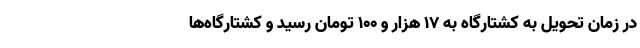
در زمان تحویل به کشتارگاه به ۱۷ هزار و ۱۰۰ تومان رسید و کشتارگاه‌ها